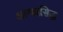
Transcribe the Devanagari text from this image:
अल्पप्रसिद्ध